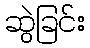
ဆွဲခြင်း